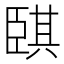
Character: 𦣫